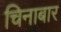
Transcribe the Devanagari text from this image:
चिनाबार